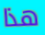
هذا